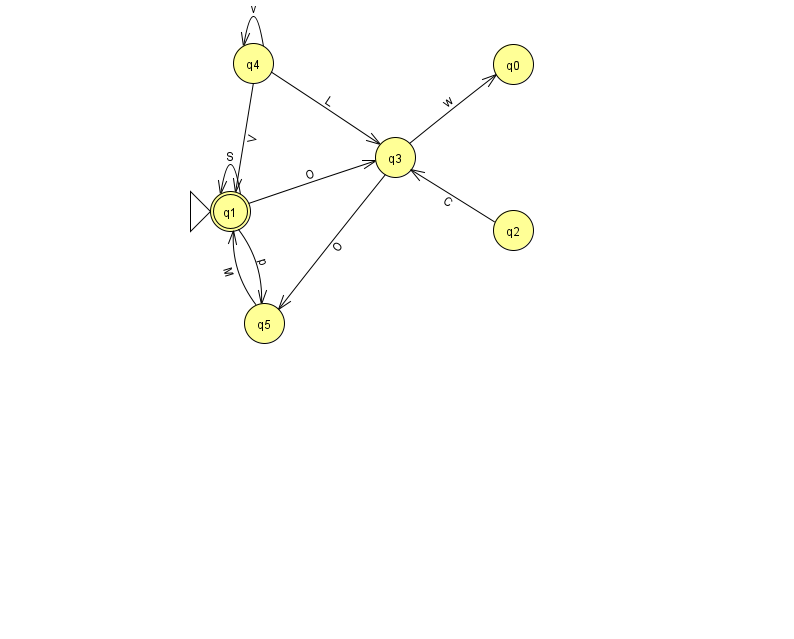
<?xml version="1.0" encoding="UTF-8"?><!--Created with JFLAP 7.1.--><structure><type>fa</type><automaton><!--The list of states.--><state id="0" name="q0"><x>513.0</x><y>51.0</y></state><state id="1" name="q1"><x>230.0</x><y>198.0</y><initial/><final/></state><state id="2" name="q2"><x>513.0</x><y>217.0</y></state><state id="3" name="q3"><x>395.0</x><y>144.0</y></state><state id="4" name="q4"><x>253.0</x><y>50.0</y></state><state id="5" name="q5"><x>264.0</x><y>310.0</y></state><!--The list of transitions.--><transition><from>5</from><to>1</to><read>M</read></transition><transition><from>1</from><to>3</to><read>O</read></transition><transition><from>4</from><to>1</to><read>V</read></transition><transition><from>1</from><to>1</to><read>S</read></transition><transition><from>2</from><to>3</to><read>C</read></transition><transition><from>4</from><to>3</to><read>L</read></transition><transition><from>4</from><to>4</to><read>v</read></transition><transition><from>3</from><to>0</to><read>w</read></transition><transition><from>3</from><to>5</to><read>O</read></transition><transition><from>1</from><to>5</to><read>p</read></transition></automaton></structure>